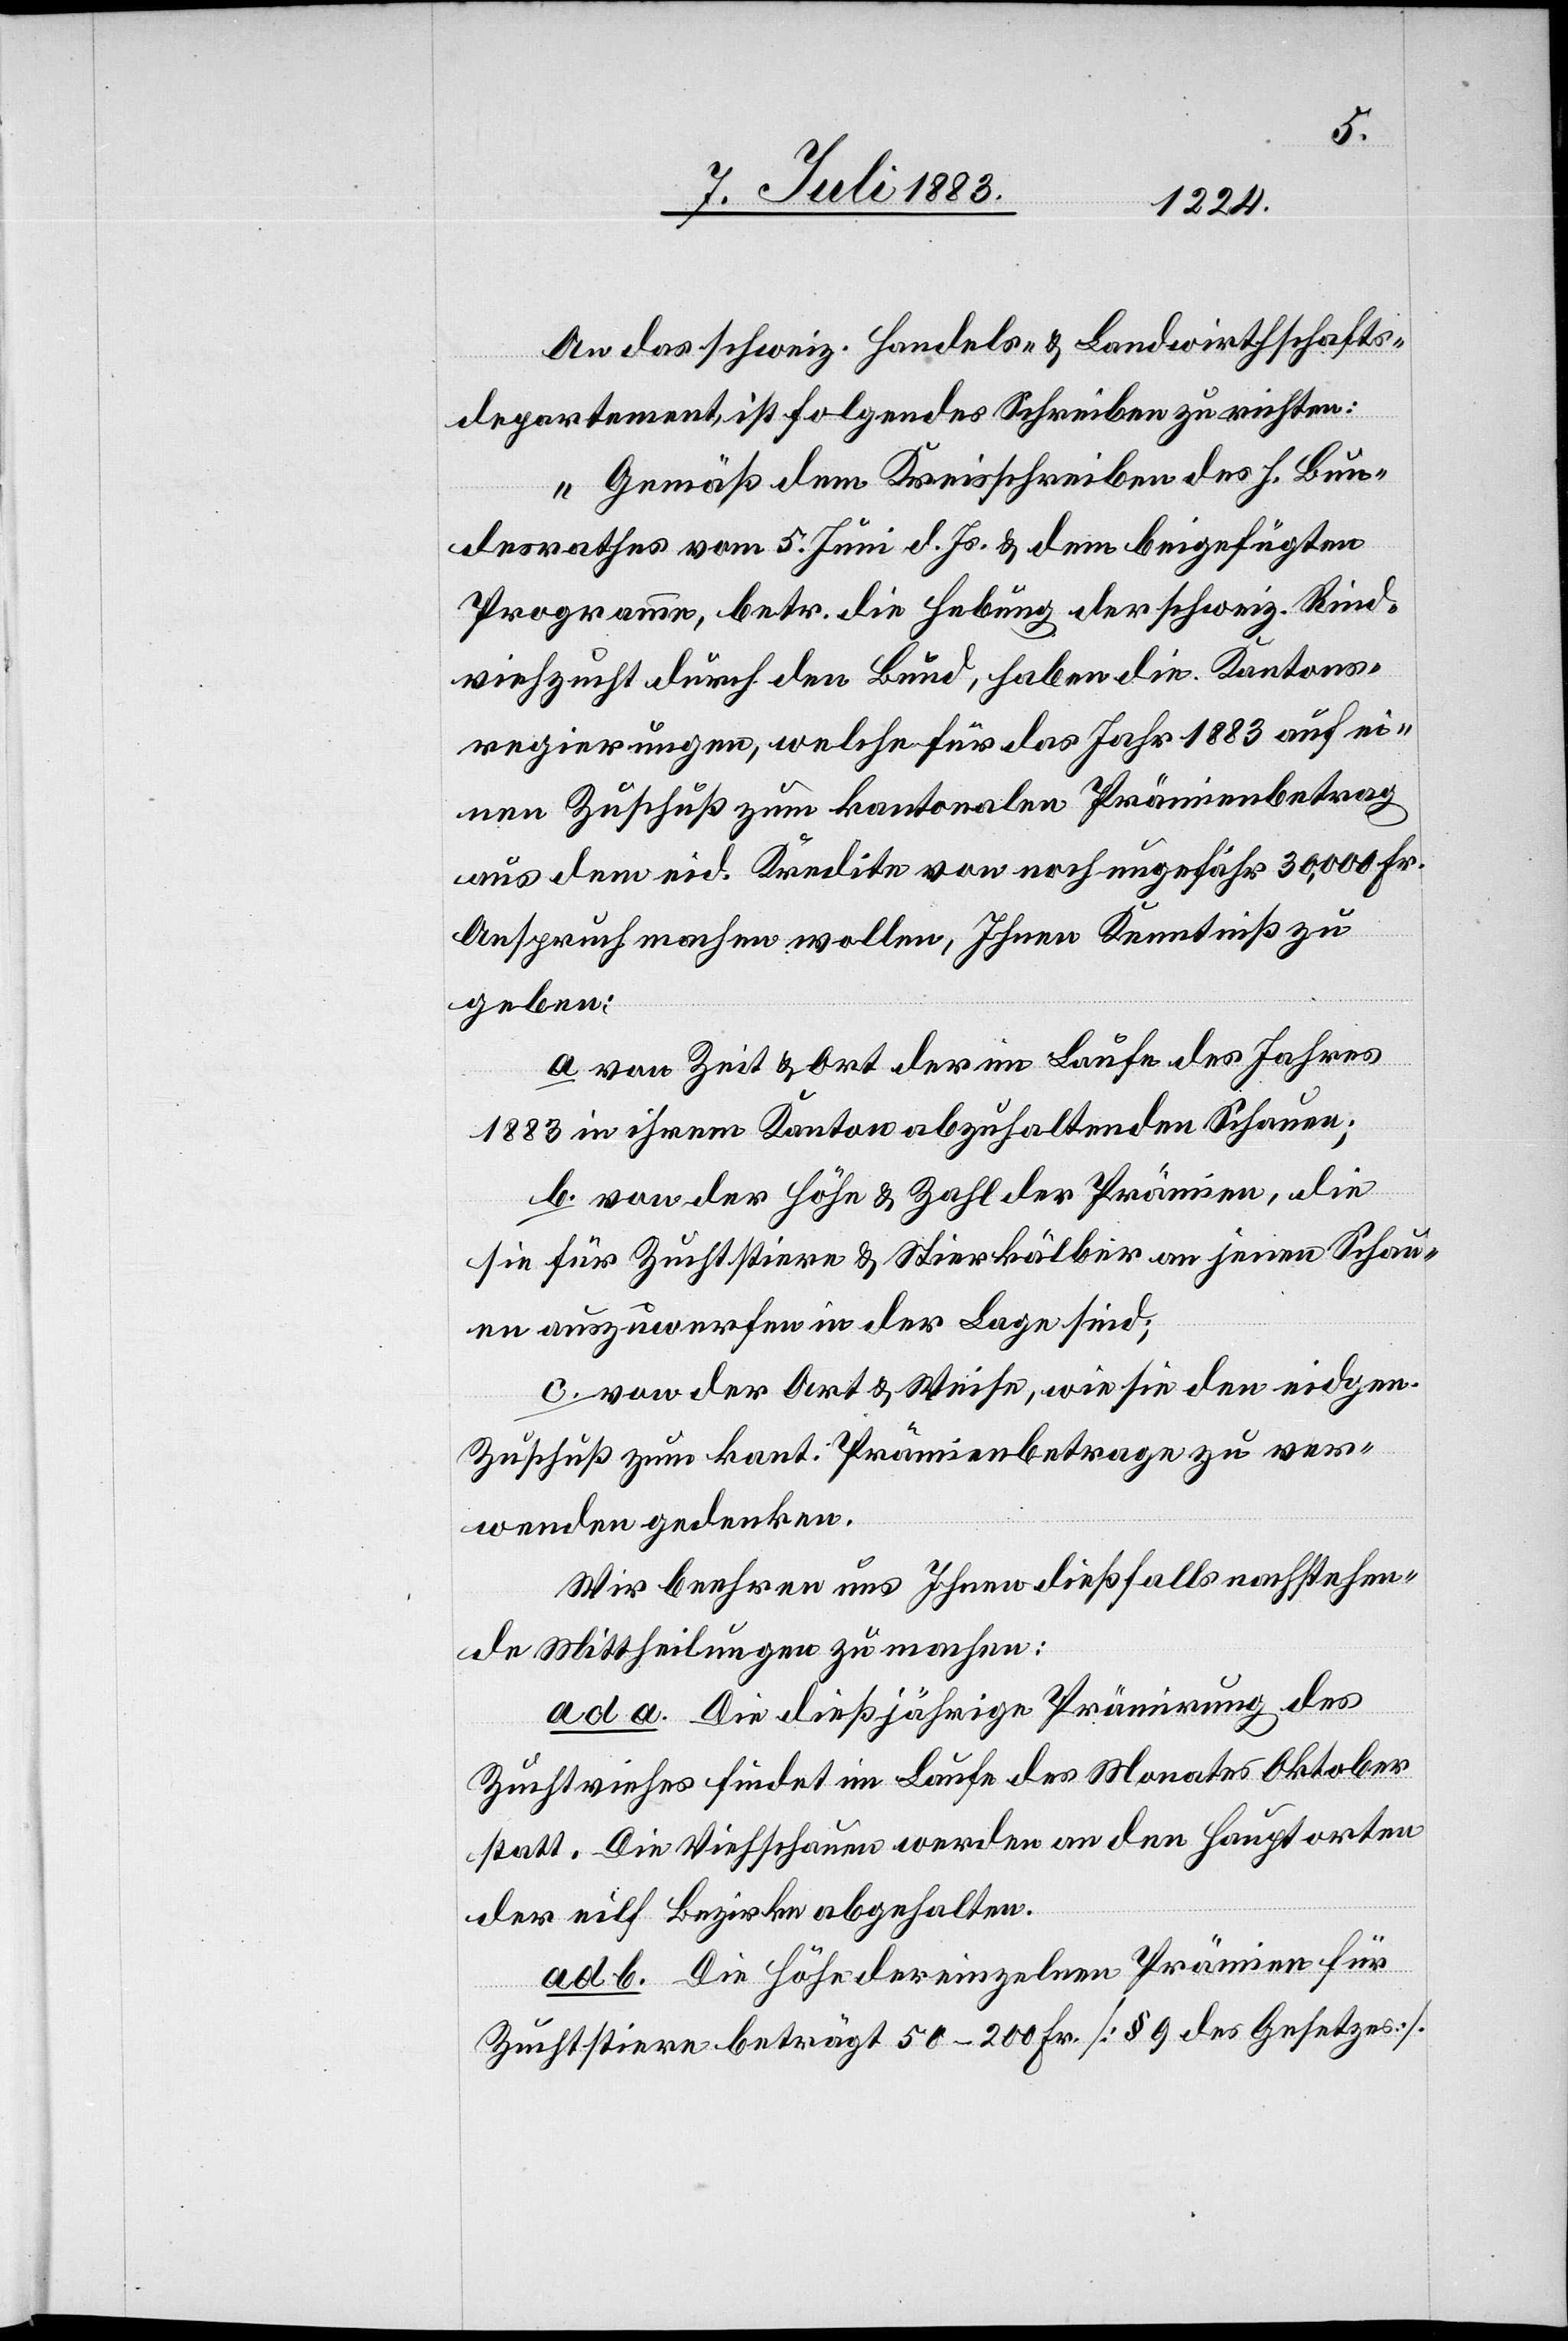
An das schweiz. Handels- & Landwirthschafts¬
departement, ist folgendes Schreiben zu richten:
„Gemäß dem Kreisschreiben des h. Bun¬
desrathes vom 5. Juni d. Js. & dem beigefügten
Programm, betr. die Hebung der schweiz. Rind¬
viehzucht durch den Bund, haben die Kantons¬
regierungen, welche für das Jahr 1883 auf ei¬
nen Zuschuß zum kantonalen Prämienbetrag
aus dem eid. Kredite von noch ungefähr 30,000 Fr.
Anspruch machen wollen, Ihnen Kenntniß zu
geben:
a. von Zeit & Ort der im Laufe des Jahres
1883 in ihrem Kanton abzuhaltenden Schauen;
b. von der Höhe & Zahl der Prämien, die
sie für Zuchtstiere & Stierkälber an jenen Schau¬
en auszuwerfen in der Lage sind;
c. von der Art & Weise, wie sie den eidgen.
Zuschuß zum kant. Prämienbetrage zu ver¬
wenden gedenken.
Wir beehren uns Ihnen dießfalls nachstehen¬
de Mittheilungen zu machen:
ad a. Die dießjährige Prämirung des
Zuchtviehs findet im Laufe des Monats Oktober
statt. Die Viehschauen werden an den Hauptorten
[recte: elf] Bezirke abgehalten.
ad b. Die Höhe der einzelnen Prämien für
Zuchtstiere beträgt 50–200 Fr. [§ 9 des Gesetzes].